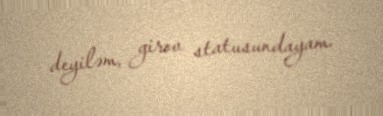
deyiləm, girov statusundayam.